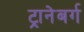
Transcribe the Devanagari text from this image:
ट्रानेबर्ग